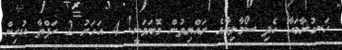
ހަނގުރާމައާ ހެދި ސޯމާލިޔާގެ ރައްޔިތުން މޮޔަވަނީ! 4 އަހަރު 2 ހަފްތާ ކުރިން